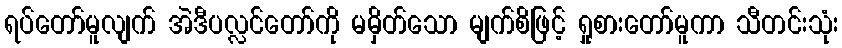
ရပ်တော်မူလျက် အဲဒီပလ္လင်တော်ကို မမှိတ်သော မျက်စိဖြင့် ရှုစားတော်မူကာ သီတင်းသုံး